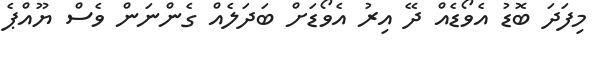
މިފަދަ ބޮޑު އެވޯޑެއް ދޭ އިރު އެވޯޑަށް ބަދަލެއް ގެންނަން ވެސް ޔޫއްޕެ